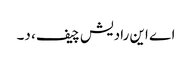
اے این رادیش چیف، د۔